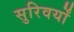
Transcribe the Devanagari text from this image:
सुरिवर्यों